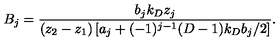
B _ { j } = \frac { b _ { j } k _ { D } z _ { j } } { ( z _ { 2 } - z _ { 1 } ) \left[ a _ { j } + ( - 1 ) ^ { j - 1 } ( D - 1 ) k _ { D } b _ { j } / 2 \right] } .